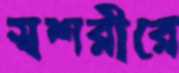
স্বশরীরে